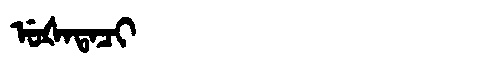
Manchu: ᡠᡧᠠᡨᠠᠴᡳ
Romanization: UŠATACI